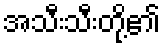
အသီးသီးတို့၏